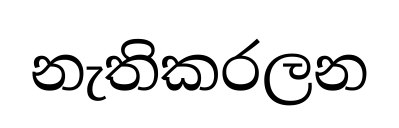
නැතිකරලන